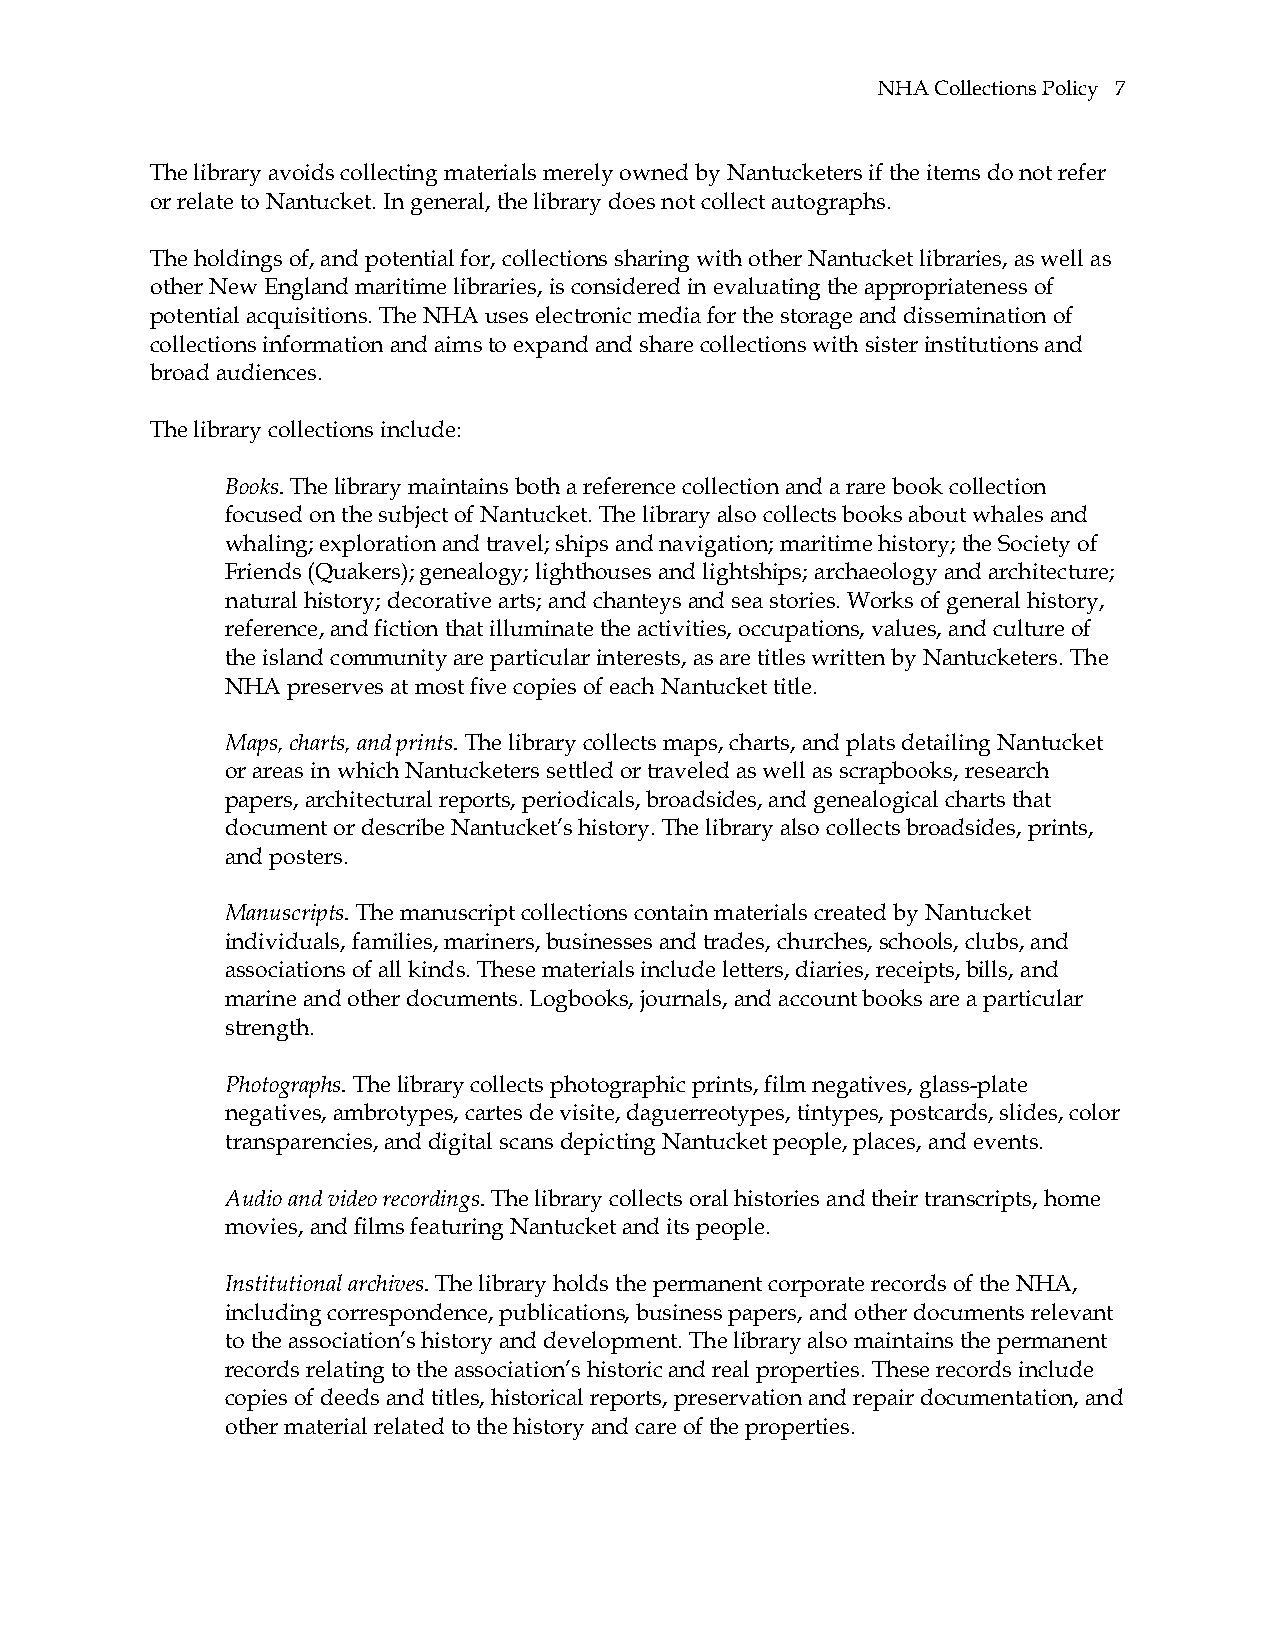
NHA Collections Policy 7
 The library avoids collecting materials merely owned by Nantucketers if the items do not refer
 or relate to Nantucket. In general, the library does not collect autographs.
 The holdings of, and potential for, collections sharing with other Nantucket libraries, as well as
 other New England maritime libraries, is considered in evaluating the appropriateness of
 potential acquisitions. The NHA uses electronic media for the storage and dissemination of
 collections information and aims to expand and share collections with sister institutions and
 broad audiences.
 The library collections include:
 Books. The library maintains both a reference collection and a rare book collection
 focused on the subject of Nantucket. The library also collects books about whales and
 whaling; exploration and travel; ships and navigation; maritime history; the Society of
 Friends (Quakers); genealogy; lighthouses and lightships; archaeology and architecture;
 natural history; decorative arts; and chanteys and sea stories. Works of general history,
 reference, and fiction that illuminate the activities, occupations, values, and culture of
 the island community are particular interests, as are titles written by Nantucketers. The
 NHA preserves at most five copies of each Nantucket title.
 Maps, charts, and prints. The library collects maps, charts, and plats detailing Nantucket
 or areas in which Nantucketers settled or traveled as well as scrapbooks, research
 papers, architectural reports, periodicals, broadsides, and genealogical charts that
 document or describe Nantucket’s history. The library also collects broadsides, prints,
 and posters.
 Manuscripts. The manuscript collections contain materials created by Nantucket
 individuals, families, mariners, businesses and trades, churches, schools, clubs, and
 associations of all kinds. These materials include letters, diaries, receipts, bills, and
 marine and other documents. Logbooks, journals, and account books are a particular
 strength.
 Photographs. The library collects photographic prints, film negatives, glass-plate
 negatives, ambrotypes, cartes de visite, daguerreotypes, tintypes, postcards, slides, color
 transparencies, and digital scans depicting Nantucket people, places, and events.
 Audio and video recordings. The library collects oral histories and their transcripts, home
 movies, and films featuring Nantucket and its people.
 Institutional archives. The library holds the permanent corporate records of the NHA,
 including correspondence, publications, business papers, and other documents relevant
 to the association’s history and development. The library also maintains the permanent
 records relating to the association’s historic and real properties. These records include
 copies of deeds and titles, historical reports, preservation and repair documentation, and
 other material related to the history and care of the properties.